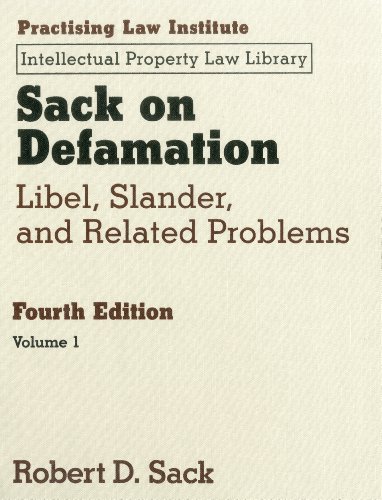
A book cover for Sack on Defamation: Libel, Slander & Related Problems 2 VOLUME SET (Practising Law Institute Intellectual Property Law Library); Robert D. Sack; Law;